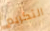
التكريم